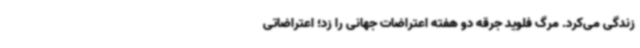
زندگی می‌کرد. مرگ فلوید جرقه دو هفته اعتراضات جهانی را زد؛ اعتراضاتی